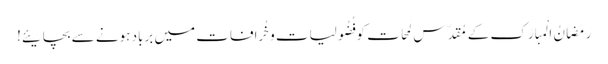
رَمَضانُ الْمبارَک کے مُقدّس لَمحات کو فُضُولیات وخُرافات میں برباد ہونے سے بچایئے!